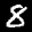
Label: 8